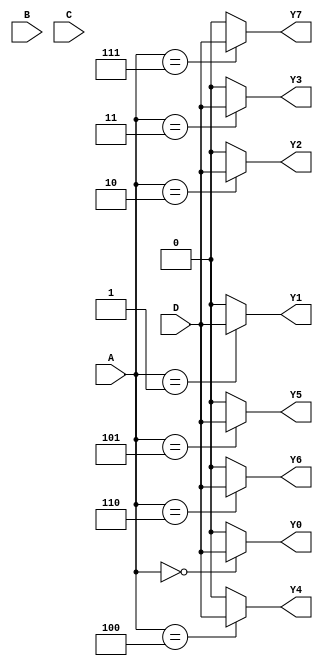
module demultiplexer (
    input [2:0] A, B, C,
    input D,
    output reg Y0, Y1, Y2, Y3, Y4, Y5, Y6, Y7
);

always @(*) begin
    Y0 = (A == 3'b000) ? D : 1'b0;
    Y1 = (A == 3'b001) ? D : 1'b0;
    Y2 = (A == 3'b010) ? D : 1'b0;
    Y3 = (A == 3'b011) ? D : 1'b0;
    Y4 = (A == 3'b100) ? D : 1'b0;
    Y5 = (A == 3'b101) ? D : 1'b0;
    Y6 = (A == 3'b110) ? D : 1'b0;
    Y7 = (A == 3'b111) ? D : 1'b0;
end

endmodule